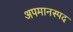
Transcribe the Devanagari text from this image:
अपमानस्पद